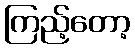
ကြည့်တော့